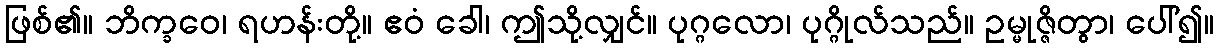
ဖြစ်၏။ ဘိက္ခဝေ၊ ရဟန်းတို့။ ဧဝံ ခေါ၊ ဤသို့လျှင်။ ပုဂ္ဂလော၊ ပုဂ္ဂိုလ်သည်။ ဥမ္မုဇ္ဇိတွာ၊ ပေါ်၍။